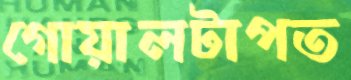
গোয়ালটাপত